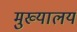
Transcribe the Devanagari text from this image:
मुख्यालय